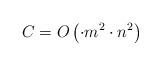
LaTeX: \begin{align*}C_{} = O\left( \cdot m^2 \cdot n^2 \right)\end{align*}